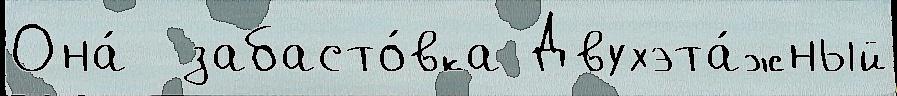
Она́  забасто́вка Двухэта́жный